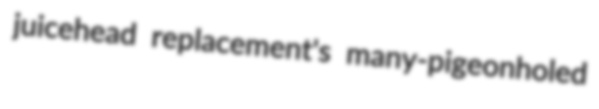
juicehead replacement's many-pigeonholed